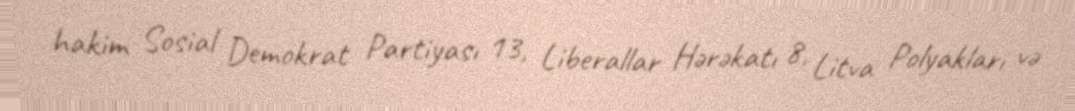
hakim Sosial Demokrat Partiyası 13, Liberallar Hərəkatı 8, Litva Polyakları və